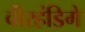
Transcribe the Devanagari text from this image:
वीरहंडिगे